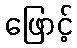
ဖြောင့်